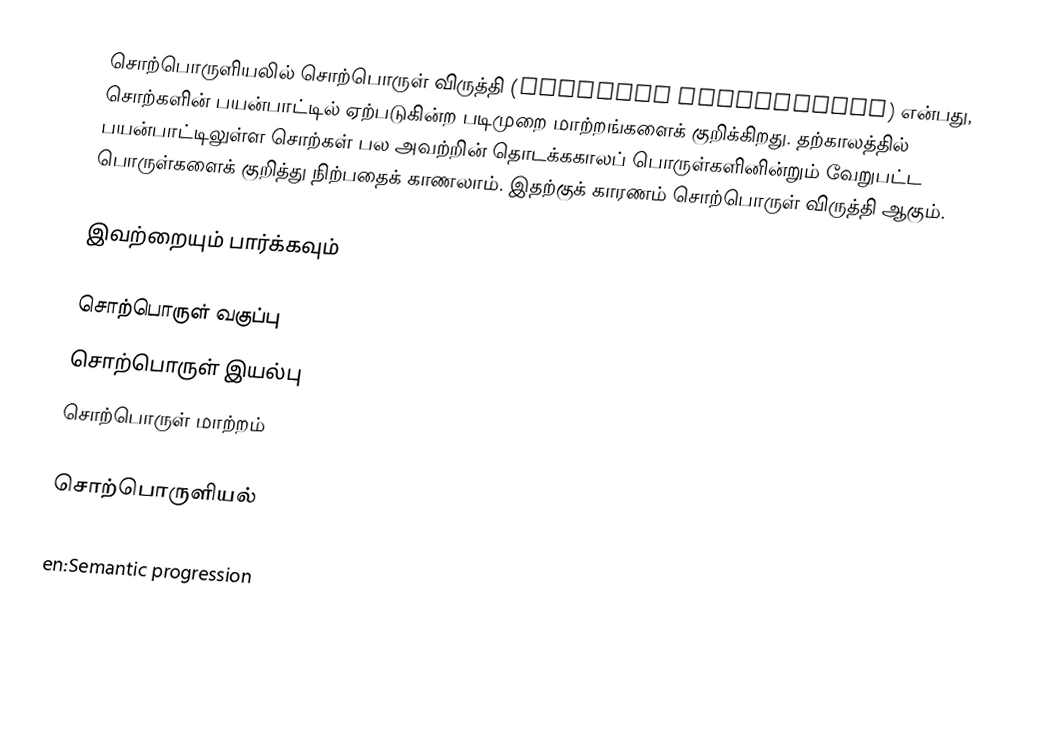
சொற்பொருளியலில் சொற்பொருள் விருத்தி (Semantic progression) என்பது, சொற்களின் பயன்பாட்டில் ஏற்படுகின்ற படிமுறை மாற்றங்களைக் குறிக்கிறது. தற்காலத்தில் பயன்பாட்டிலுள்ள சொற்கள் பல அவற்றின் தொடக்ககாலப் பொருள்களினின்றும் வேறுபட்ட பொருள்களைக் குறித்து நிற்பதைக் காணலாம். இதற்குக் காரணம் சொற்பொருள் விருத்தி ஆகும்.

இவற்றையும் பார்க்கவும்

 சொற்பொருள் வகுப்பு
 சொற்பொருள் இயல்பு
 சொற்பொருள் மாற்றம்

சொற்பொருளியல்

en:Semantic progression